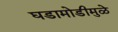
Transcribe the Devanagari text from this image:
घडामोडीमुळे